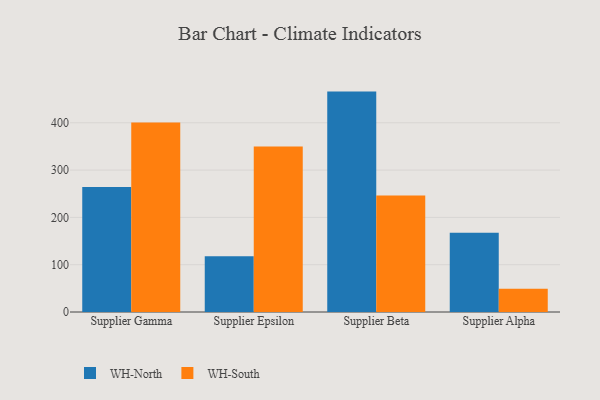
{"axis": {"x": "Supplier", "y": "Latency (ms)"}, "legend": ["WH-North", "WH-South"], "data": [{"x": "Supplier Gamma", "y": 264.3, "type": "WH-North"}, {"x": "Supplier Gamma", "y": 400.6, "type": "WH-South"}, {"x": "Supplier Epsilon", "y": 118.0, "type": "WH-North"}, {"x": "Supplier Epsilon", "y": 350.1, "type": "WH-South"}, {"x": "Supplier Beta", "y": 465.9, "type": "WH-North"}, {"x": "Supplier Beta", "y": 246.1, "type": "WH-South"}, {"x": "Supplier Alpha", "y": 167.3, "type": "WH-North"}, {"x": "Supplier Alpha", "y": 49.0, "type": "WH-South"}]}